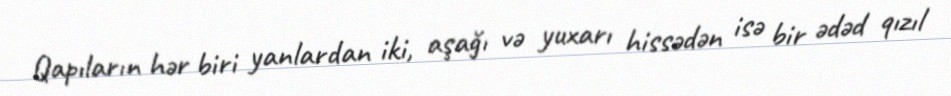
Qapıların hər biri yanlardan iki, aşağı və yuxarı hissədən isə bir ədəd qızıl